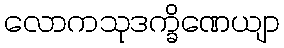
လောကသုဒက္ခိဏေယျာ